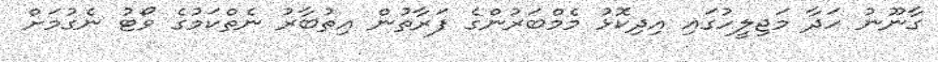
ގާނޫނު ހަދާ މަޖިލީހުގައި އިދިކޮޅު މެމްބަރުންގެ ފަރާތުން އިތުބާރު ނެތްކަމުގެ ވޯޓު ނެގުމަށް